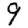
Digit: 9